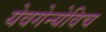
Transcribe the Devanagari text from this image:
येवगेन्येविच